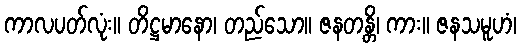
ကာလပတ်လုံး။ တိဋ္ဌမာနော၊ တည်သော။ ဇနတန္တိ၊ ကား။ ဇနသမူဟံ၊